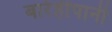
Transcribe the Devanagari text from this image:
बारेहीपानी